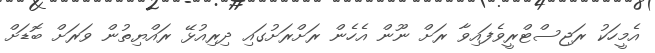
އެމީހަކު ރަޖިސްޓްރީވެފައިވާ ރަށް ނޫން އެހެން ރަށްރަށުގައި ދިރިއުޅޭ ރައްޔިތުން ވަރަށް ބޮޑަށް